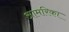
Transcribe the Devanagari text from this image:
आमरिका